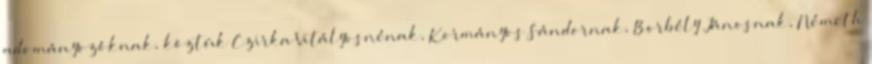
adományozóknak, köztük Czirka Vitályosnénak, Kormányos Sándornak, Borbély Jánosnak, Németh